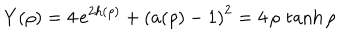
Y ( \rho ) = 4 \, e ^ { 2 h ( \rho ) } + \left( a ( \rho ) - 1 \right) ^ { 2 } = 4 \, \rho \, \tanh \rho \quad